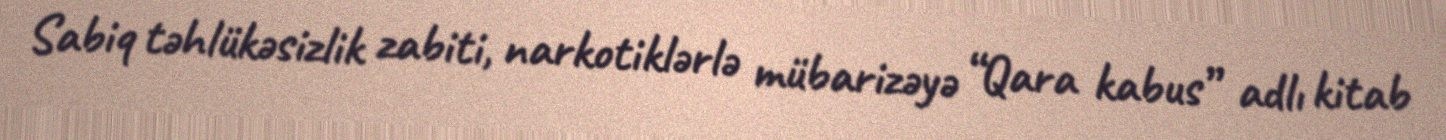
Sabiq təhlükəsizlik zabiti, narkotiklərlə mübarizəyə “Qara kabus” adlı kitab